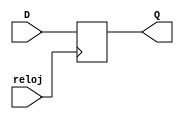
module registro(reloj, D, Q);

	input reloj;
	input [7:0] D;
	output [7:0] Q;
	reg [7:0] Q;

	always @(posedge reloj)
		begin
			Q = D;
		end

endmodule